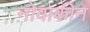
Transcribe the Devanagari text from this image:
नोवाकीन